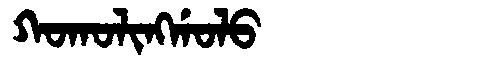
Manchu: ᡴᠣᡴᠣᠯᡳᠩᡤᠣᠯᠣ
Romanization: KOKOLINGGOLO